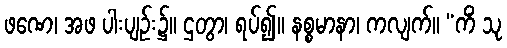
ဖဏေ၊ အဖ ပါးပျဉ်း၌။ ဌတွာ၊ ရပ်၍။ နစ္စမာနာ၊ ကလျက်။ “ကိံ သု